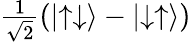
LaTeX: \textstyle{\frac{1}{\sqrt{2}}}(\left|\uparrow\downarrow\right\rangle-\left|\downarrow\uparrow\right\rangle)